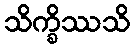
သိက္ခိဿသိ